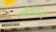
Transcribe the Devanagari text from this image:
पर्वतासारखे